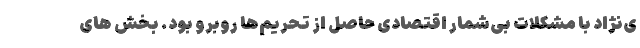
ی‌نژاد با مشکلات بی‌شمار اقتصادی حاصل از تحریم‌ها روبرو بود. بخش های